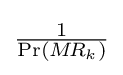
{\tfrac {1}{\Pr(M\!R_{k})}}